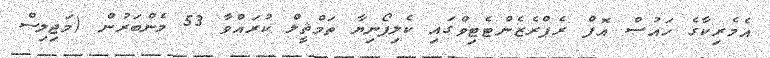
އެމެރިކާގެ ހައުސް އޮފް ރެޕްރެޒެންޓެޓިވްގައި ކެލިފޯނިޔާ ތަމްޘީލް ކުރައްވާ 53 މެންބަރުން (މަޖިލިސް